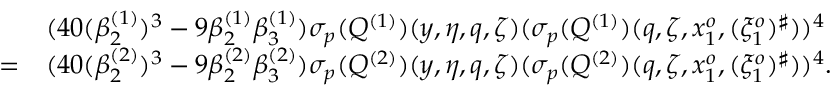
\begin{array} { r l } & { ( 4 0 ( \beta _ { 2 } ^ { ( 1 ) } ) ^ { 3 } - 9 \beta _ { 2 } ^ { ( 1 ) } \beta _ { 3 } ^ { ( 1 ) } ) { { \sigma _ { p } } } ( Q ^ { ( 1 ) } ) ( y , \eta , q , \zeta ) ( { { \sigma _ { p } } } ( Q ^ { ( 1 ) } ) ( q , \zeta , x _ { 1 } ^ { o } , ( \xi _ { 1 } ^ { o } ) ^ { \sharp } ) ) ^ { 4 } } \\ { = } & { ( 4 0 ( \beta _ { 2 } ^ { ( 2 ) } ) ^ { 3 } - 9 \beta _ { 2 } ^ { ( 2 ) } \beta _ { 3 } ^ { ( 2 ) } ) { { \sigma _ { p } } } ( Q ^ { ( 2 ) } ) ( y , \eta , q , \zeta ) ( { { \sigma _ { p } } } ( Q ^ { ( 2 ) } ) ( q , \zeta , x _ { 1 } ^ { o } , ( \xi _ { 1 } ^ { o } ) ^ { \sharp } ) ) ^ { 4 } . } \end{array}